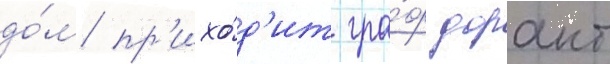
до́м пр'ихо́д'ит гра́ф дорант